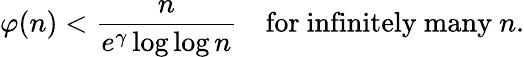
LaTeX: \varphi(n)<{\frac{n}{e^{\gamma}\log\log n}}\quad{\mathrm{for~infinitely~many~}}n.